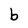
Character: b